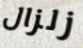
زلزال